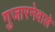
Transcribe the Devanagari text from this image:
गुजारनेवाले